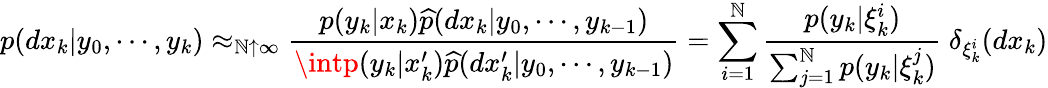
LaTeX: p(dx_{k}|y_{0},\cdots,y_{k})\approx_{\mathbb{N}\uparrow\infty}{\frac{{p(y_{k}|x_{k}){\widehat{{p}}}(dx_{k}|y_{0},\cdots,y_{k-1})}}{{\intp(y_{k}|x_{k}^{\prime}){\widehat{{p}}}(dx_{k}^{\prime}|y_{0},\cdots,y_{k-1})}}}=\sum_{i=1}^{\mathbb{N}}{\frac{{p(y_{k}|\xi_{k}^{i})}}{{\sum_{j=1}^{\mathbb{N}}p(y_{k}|\xi_{k}^{j})}}}~\delta_{\xi_{k}^{i}}(dx_{k})